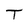
Character: T